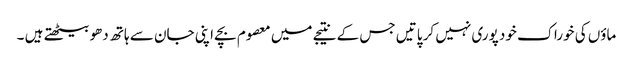
ماؤں کی خوراک خود پوری نہیں کر پاتیں جس کے نتیجے میں معصوم بچے اپنی جان سے ہاتھ دھو بیٹھتے ہیں ۔